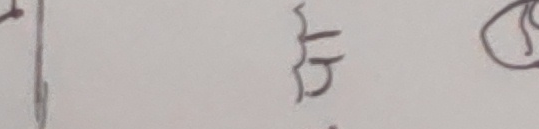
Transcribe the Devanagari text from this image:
ङ